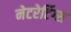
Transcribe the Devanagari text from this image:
नेटरेटिंग्स